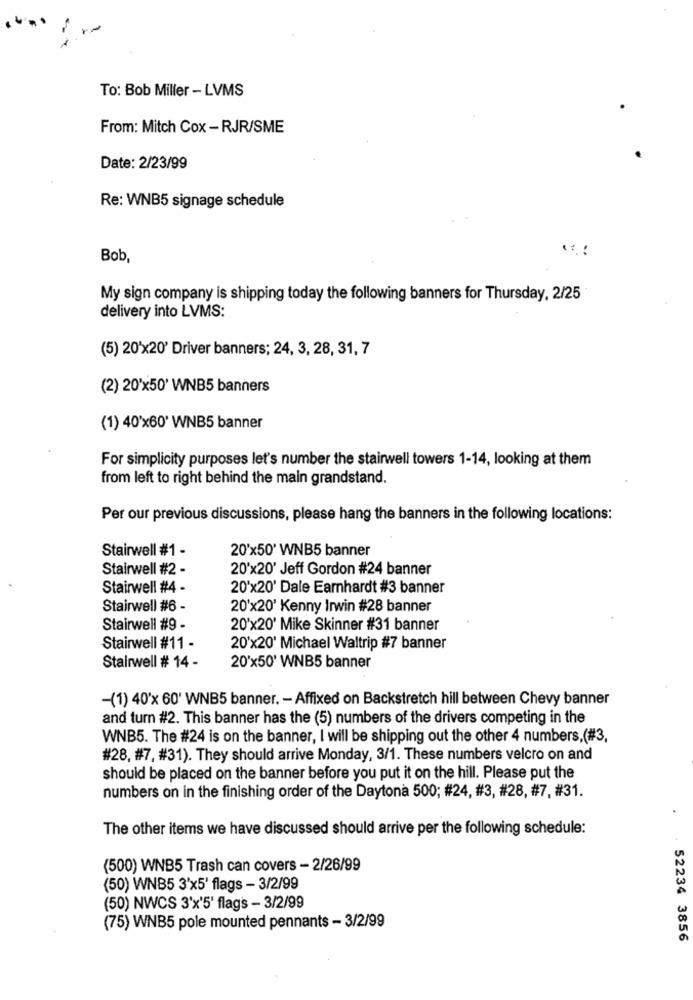
To: Bob Miller - LVMS
From: Mitch Cox - RJR/SME
Date: 2/23/99
Re: WNB5 signage schedule
Bob,
My sign company is shipping today the following banners for Thursday, 2/25
delivery into LVMS:
(5) 20'x20' Driver banners; 24, 3, 28, 31, 7
(2) 20'x50' WNB5 banners
(1) 40'x60' WNB5 banner
For simplicity purposes let's number the stairwell towers 1-14, looking at them
from left to right behind the main grandstand.
Per our previous discussions, please hang the banners in the following locations:
Stairwell #1 -
20'x50' WNB5 banner
Stairwell #2 -
20'x20' Jeff Gordon #24 banner
Stairwell #4 -
20'x20' Dale Earnhardt #3 banner
Stairwell #6 -
20'x20' Kenny Irwin #28 banner
Stairwell #9 -
20'x20' Mike Skinner #31 banner
Stairwell #11 -
20'x20' Michael Waltrip #7 banner
Stairwell # 14 -
20'x50' WNB5 banner
-(1) 40'x 60' WNB5 banner. - Affixed on Backstretch hill between Chevy banner
and turn #2. This banner has the (5) numbers of the drivers competing in the
WNB5. The #24 is on the banner, I will be shipping out the other 4 numbers,(#3,
#28, #7, #31). They should arrive Monday, 3/1. These numbers velcro on and
should be placed on the banner before you put it on the hill. Please put the
numbers on in the finishing order of the Daytona 500; #24, #3, #28, #7, #31.
The other items we have discussed should arrive per the following schedule:
(500) WNB5 Trash can covers - 2/26/99
(50) WNB5 3'x5' flags - 3/2/99
(50) NWCS 3'x'5' flags - 3/2/99
(75) WNB5 pole mounted pennants - 3/2/99
52234 3856